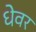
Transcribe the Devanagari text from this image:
धेवर